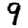
Digit: 9